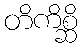
တိကိစ္ဆိ